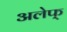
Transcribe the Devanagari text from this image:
अलेफ्